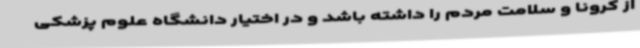
از کرونا و سلامت مردم را داشته باشد و در اختیار دانشگاه علوم پزشکی